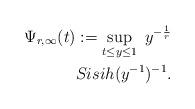
LaTeX: \begin{align*}\Psi_{r,\infty}(t) := \sup_{t\leq y\leq 1}\ y^{-\frac{1}{r}}\\Sisih(y^{-1})^{-1} .\end{align*}